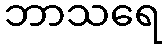
ဘာသရေ